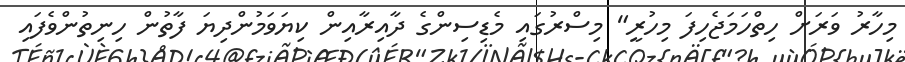
މިހާރު ވަރަށް ހިތްހަމަޖެހިފަ މިހުރީ" މިސްރުގައި މެޑިސިންގެ ދާއިރާއިން ކިޔަވަމުންދިޔަ ފާތުން ހިނިތުންވެފައި